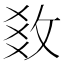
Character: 𢼫